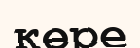
көре